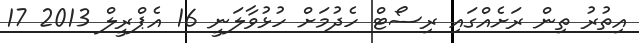
އިތުރު ތިން ރަށެއްގައި ރިސޯޓް ހެދުމަށް ހުޅުވާލަނީ 16 އެޕްރީލް 2013 17